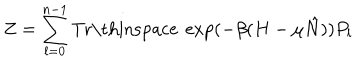
Z = \sum _ { l = 0 } ^ { n - 1 } \mathrm { T r \thinspace ~ } \exp ( - \beta ( H - \mu \hat { N } ) ) P _ { l }